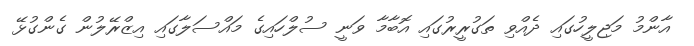
އާންމު މަޖިލީހުގައި ދެއްވި ތަގުރީރުގައި އޮބާމާ ވަނީ ސުލްހައިގެ މައްސަލާގައި އިޒްރޭލުން ގެންގުޅޭ